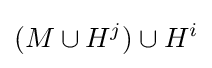
(M\cup H^{j})\cup H^{i}